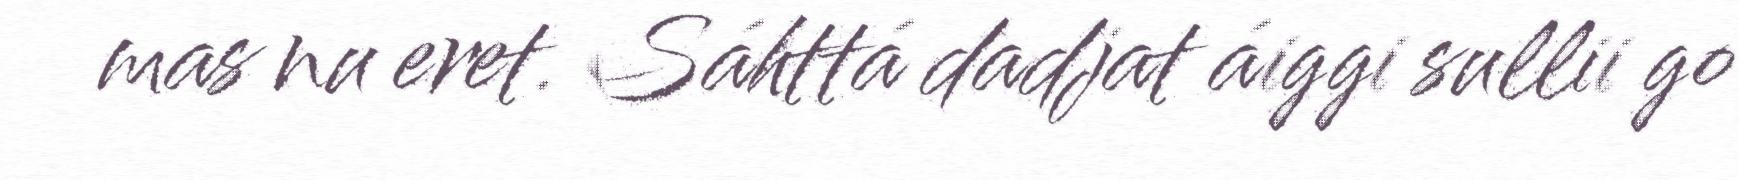
mas nu eret. Sáhttá dadjat áiggi sullii go